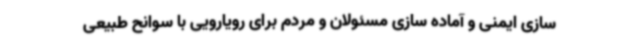
سازی ایمنی و آماده سازی مسئولان و مردم برای رویارویی با سوانح طبیعی